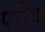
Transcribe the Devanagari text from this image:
परिध